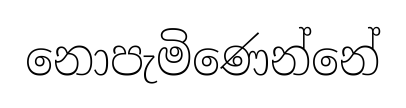
නොපැමිණෙන්නේ